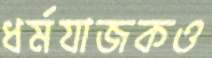
ধর্মযাজকও